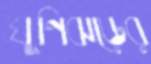
ঘূণিঝড়ের